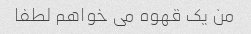
من یک قهوه می خواهم لطفا